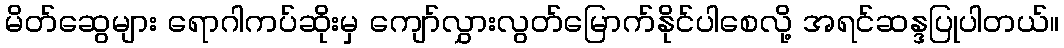
မိတ်ဆွေများ ရောဂါကပ်ဆိုးမှ ကျော်လွှားလွတ်မြောက်နိုင်ပါစေလို့ အရင်ဆန္ဒပြုပါတယ်။